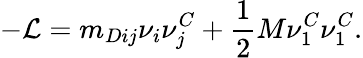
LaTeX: -{\cal L}=m_{Dij}\nu_{i}\nu_{j}^{C}+\frac{1}{2}M\nu_{1}^{C}\nu_{1}^{C}.